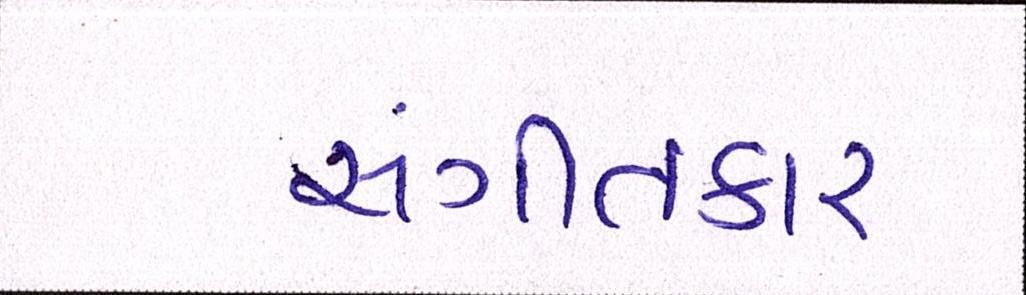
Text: સંગીતકાર